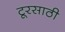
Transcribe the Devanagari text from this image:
टूरसाठी